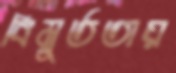
বিমূর্ততায়